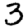
Digit: 3